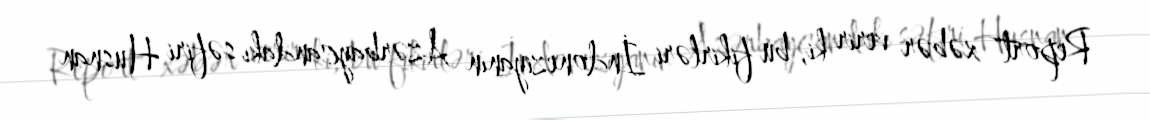
Report" xəbər verir ki, bu fikirləri İndoneziyanın Azərbaycandakı səfiri Husnan